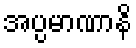
အပ္ပမာဏာနိ